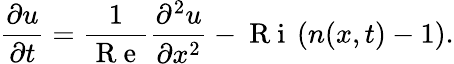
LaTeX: \frac{\partial u}{\partial t}=\frac{1}{\mathrm{~R~e~}}\frac{\partial^{2}u}{\partial x^{2}}-\mathrm{~R~i~}\, (n(x,t)-1).